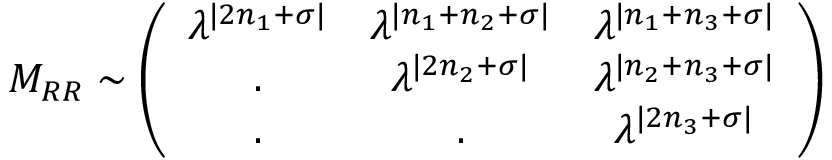
M _ { R R } \sim \left( \begin{array} { c c c } { { \lambda ^ { | 2 n _ { 1 } + \sigma | } } } & { { \lambda ^ { | n _ { 1 } + n _ { 2 } + \sigma | } } } & { { \lambda ^ { | n _ { 1 } + n _ { 3 } + \sigma | } } } \\ { { . } } & { { \lambda ^ { | 2 n _ { 2 } + \sigma | } } } & { { \lambda ^ { | n _ { 2 } + n _ { 3 } + \sigma | } } } \\ { { . } } & { { . } } & { { \lambda ^ { | 2 n _ { 3 } + \sigma | } } } \end{array} \right)